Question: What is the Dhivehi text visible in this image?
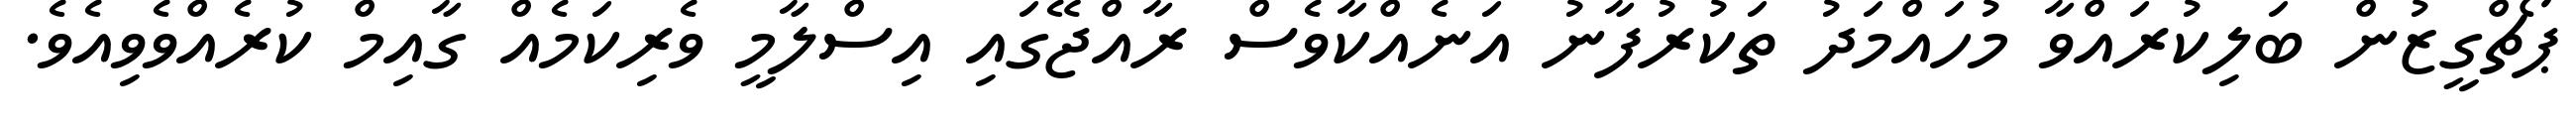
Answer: ޕޯޗްގީޒުން ބަލިކުރައްވާ މުހައްމަދު ތަކުރުފާނު އަނެއްކާވެސް ރާއްޖޭގައި އިސްލާމީ ވެރިކަމެއް ގާއިމް ކުރެއްވެވިއެވެ.